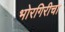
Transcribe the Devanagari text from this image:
भोरगिरीचा